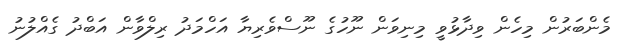
މެންބަރުން މިހެން ވިދާޅުވީ މިނިވަން ނޫހުގެ ނޫސްވެރިޔާ އަހްމަދު ރިލްވާން އަބްދު ގެއްލުނު